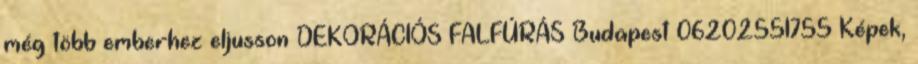
még több emberhez eljusson DEKORÁCIÓS FALFÚRÁS Budapest 06202551755 Képek,